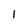
Character: I